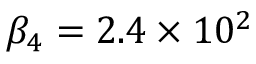
\beta _ { 4 } = 2 . 4 \times 1 0 ^ { 2 }